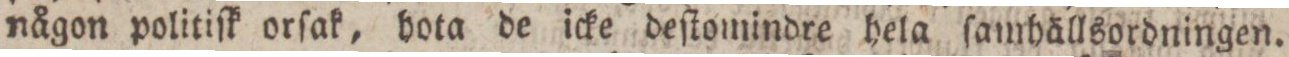
någon politiſk orſak, hota de icke deſtomindre hela ſamhällsordningen.